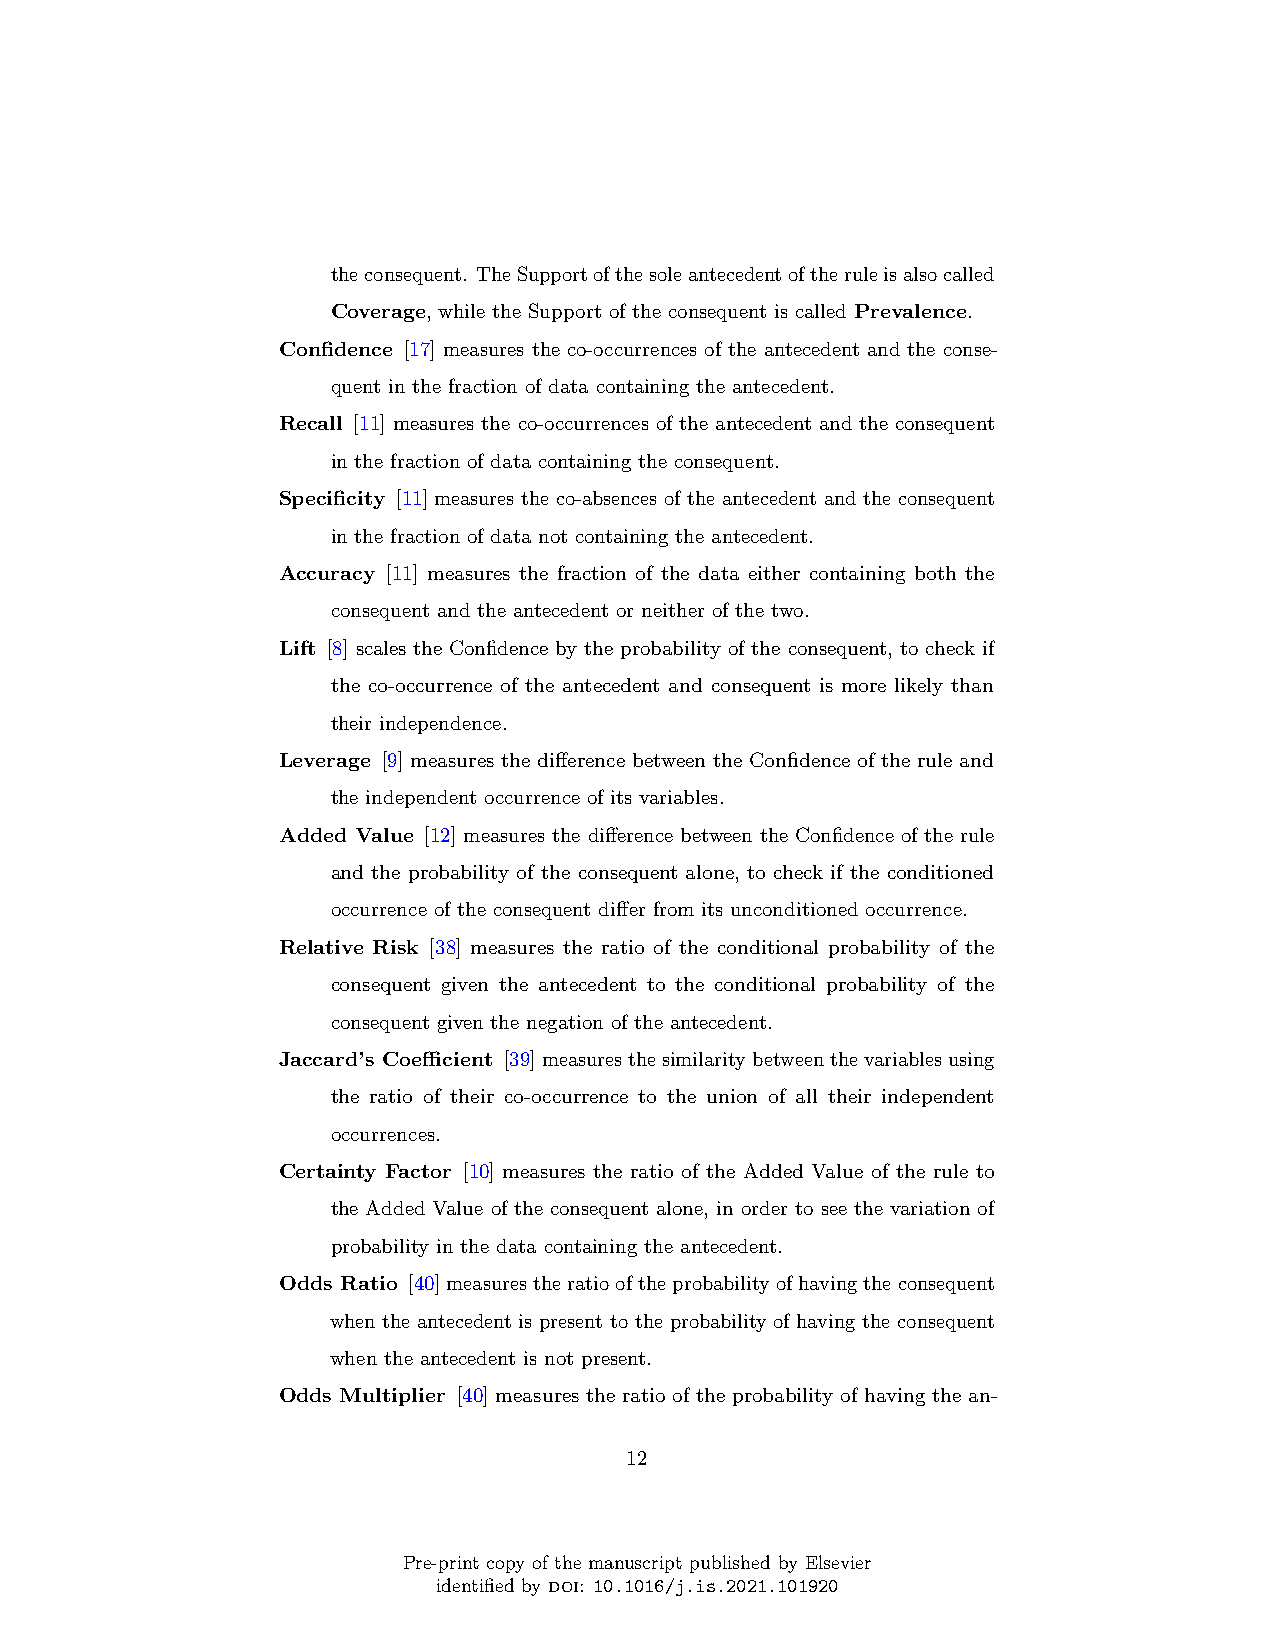
theconsequent. TheSupportofthesoleantecedentoftheruleisalsocalled
 Coverage, while the Support of the consequent is called Prevalence.
 Confidence [17] measures the co-occurrences of the antecedent and the conse-
 quent in the fraction of data containing the antecedent.
 Recall [11] measures the co-occurrences of the antecedent and the consequent
 in the fraction of data containing the consequent.
 Specificity [11] measures the co-absences of the antecedent and the consequent
 in the fraction of data not containing the antecedent.
 Accuracy [11] measures the fraction of the data either containing both the
 consequent and the antecedent or neither of the two.
 Lift [8] scales the Confidence by the probability of the consequent, to check if
 the co-occurrence of the antecedent and consequent is more likely than
 their independence.
 Leverage [9] measures the difference between the Confidence of the rule and
 the independent occurrence of its variables.
 Added Value [12] measures the difference between the Confidence of the rule
 and the probability of the consequent alone, to check if the conditioned
 occurrence of the consequent differ from its unconditioned occurrence.
 Relative Risk [38] measures the ratio of the conditional probability of the
 consequent given the antecedent to the conditional probability of the
 consequent given the negation of the antecedent.
 Jaccard’s Coefficient [39]measuresthesimilaritybetweenthevariablesusing
 the ratio of their co-occurrence to the union of all their independent
 occurrences.
 Certainty Factor [10] measures the ratio of the Added Value of the rule to
 the Added Value of the consequent alone, in order to see the variation of
 probability in the data containing the antecedent.
 Odds Ratio [40]measurestheratiooftheprobabilityofhavingtheconsequent
 when the antecedent is present to the probability of having the consequent
 when the antecedent is not present.
 Odds Multiplier [40] measures the ratio of the probability of having the an-
 12
 Pre-print copy of the manuscript published by Elsevier
 identified by doi: 10.1016/j.is.2021.101920